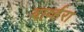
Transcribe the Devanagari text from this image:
वार्व्हरा